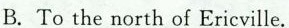
B. To the north of Ericville.